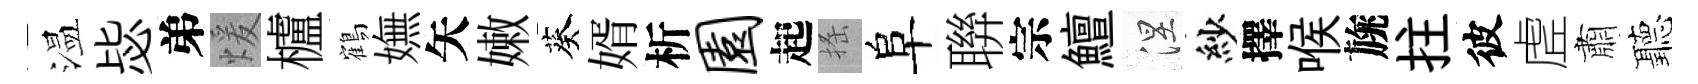
温毖弟煖櫨鶴嫵矢嫩葵婿析园起搖阜聨宗鱣涅紗擇喉旐拄彼虗肅聽